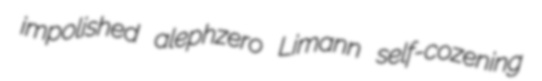
impolished alephzero Limann self-cozening